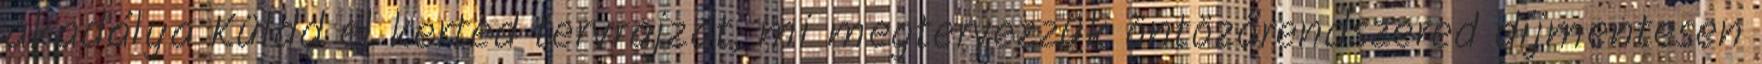
akadálya Küldd el kerted tervrajzát, mi megtervezzük öntözőrendszered díjmentesen